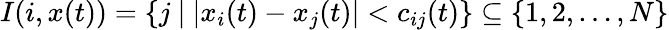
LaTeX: I(i,x(t))=\left\{ j\ |\ |x_{i}(t)-x_{j}(t)|<c_{ij}(t)\right\} \subseteq\left\{ 1,2,\ldots,N\right\}